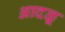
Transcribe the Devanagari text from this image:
आदळू